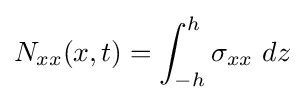
N_{xx}(x,t)=\int _{-h}^{h}\sigma _{xx}~dz